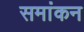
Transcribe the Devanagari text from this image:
समांकन